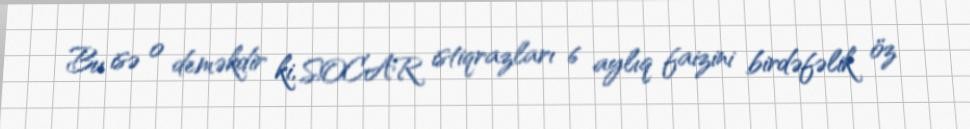
Bu isə o deməkdir ki, SOCAR istiqrazları 6 aylıq faizini birdəfəlik öz